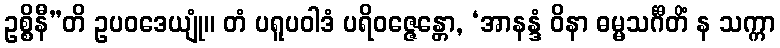
ဥစ္စိနီ”တိ ဥပဝဒေယျုံ။ တံ ပရူပဝါဒံ ပရိဝဇ္ဇေန္တော, ‘အာနန္ဒံ ဝိနာ ဓမ္မသင်္ဂီတိံ န သက္ကာ